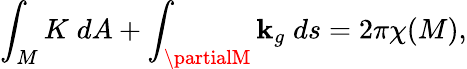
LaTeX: \int_{M}K\; dA+\int_{\partialM}\mathbf{k}_{g}\; ds=2\pi\chi(M),